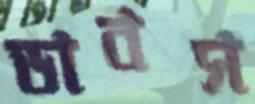
ডাবস